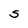
Character: S